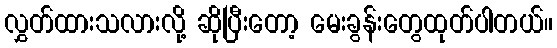
လွှတ်ထားသလားလို့ ဆိုပြီးတော့ မေးခွန်းတွေထုတ်ပါတယ်။